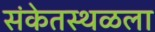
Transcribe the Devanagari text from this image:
संकेतस्थळला